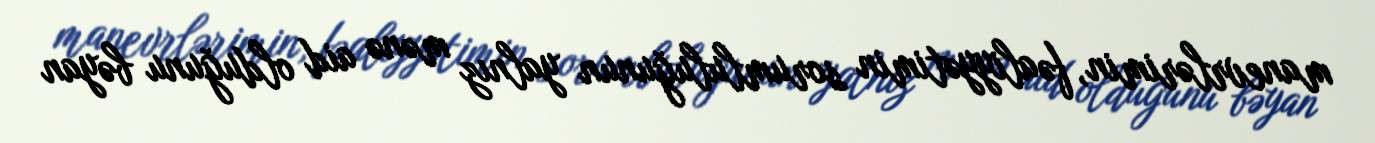
manevrlərimin, fəaliyyətimin sorumluluğunun yalnız mənə aid olduğunu bəyan